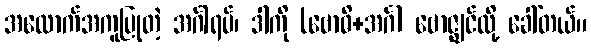
အထောက်အကူပြုတဲ့ အင်္ဂါရပ်၊ ဒါကို (ဗောဓိ+အင်္ဂ) ဗောဇ္ဈင်လို့ ခေါ်တယ်။